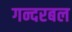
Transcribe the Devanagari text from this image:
गन्दरबल